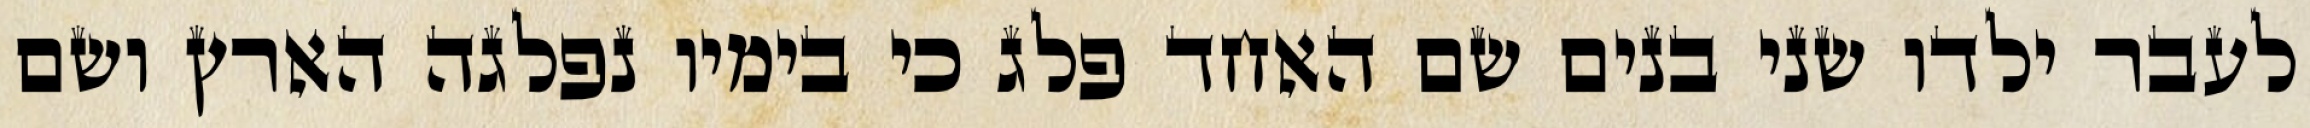
לעבר ילדו שני בנים שם האחד פלג כי בימיו נפלגה הארץ ושם